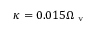
\kappa = 0 . 0 1 5 \Omega _ { \mathrm { ~ v ~ } }